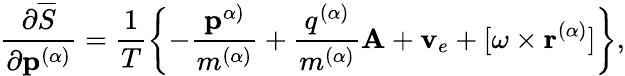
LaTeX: \frac{\partial\overline{{S}}}{\partial\mathbf{p}^{(\alpha)}}=\frac{1}{T}\left\{ -\frac{\mathbf{p}^{\alpha)}}{m^{(\alpha)}}+\frac{q^{(\alpha)}}{m^{(\alpha)}}\mathbf{A}+\mathbf{v}_{e}+[\mathbf{\omega}\times\mathbf{r}^{(\alpha)}]\right\} ,